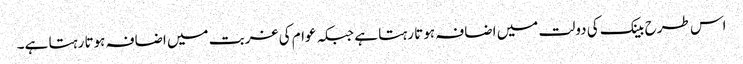
اس طرح بینک کی دولت میں اضافہ ہوتا رہتا ہے جبکہ عوام کی غربت میں اضافہ ہوتا رہتا ہے۔